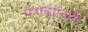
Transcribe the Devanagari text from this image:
पेशव्यांनाही